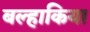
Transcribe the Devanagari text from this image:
बल्हाकिया